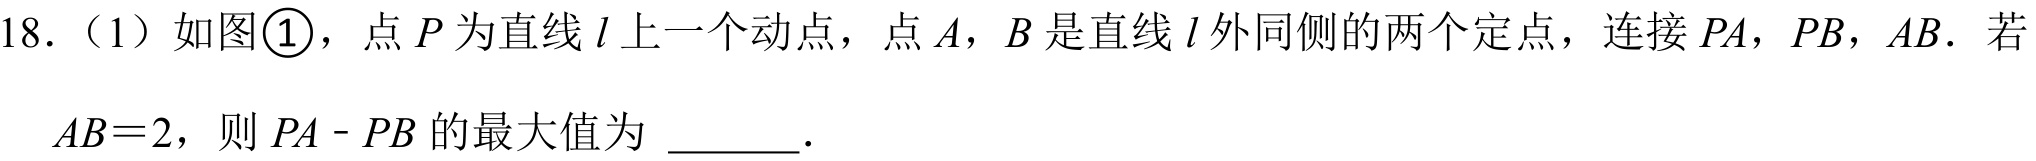
18.（1）如图\textcircled{1}，点$P$为直线$l$上一个动点，点$A$，$B$是直线$l$外同侧的两个定点，连接$PA$，$PB$，$AB$. 若
$AB = 2$，则$PA－PB$的最大值为 \underline{\qquad}.